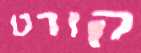
קורט